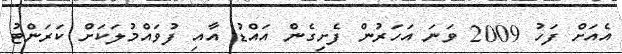
އެއަށް ފަހު 2009 ވަނަ އަހަރުން ފެށިގެން އައްޑު އާއި ފުވައްމުލަކަށް ކަރަންޓު